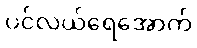
ပင်လယ်ရေအောက်